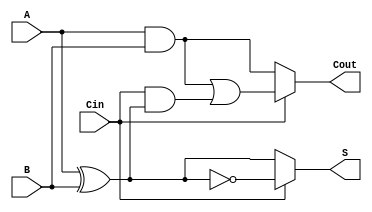
module ConditionalSumFullAdder (
    input wire A,      // First input bit
    input wire B,      // Second input bit
    input wire Cin,    // Carry-in bit
    output wire S,     // Sum output
    output wire Cout   // Carry-out output
);

    // Intermediate signals for sum and carry calculations
    wire S0;          // Sum when Cin = 0
    wire S1;          // Sum when Cin = 1
    wire C0;          // Carry-out when Cin = 0
    wire C1;          // Carry-out when Cin = 1

    // Calculate potential sums
    assign S0 = A ^ B;                // S0 = A  B
    assign S1 = S0 ^ 1'b1;            // S1 = A  B  1 (equivalent to A  B  Cin)

    // Calculate potential carry-outs
    assign C0 = A & B;                // C0 = A AND B
    assign C1 = (A & B) | (Cin & S0); // C1 = (A AND B) OR (Cin AND (A  B))

    // Final output selection based on Cin
    assign S = (Cin) ? S1 : S0;       // S = S1 if Cin = 1, else S0
    assign Cout = (Cin) ? C1 : C0;    // Cout = C1 if Cin = 1, else C0

endmodule